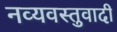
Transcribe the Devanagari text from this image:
नव्यवस्तुवादी